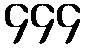
၄၄၄